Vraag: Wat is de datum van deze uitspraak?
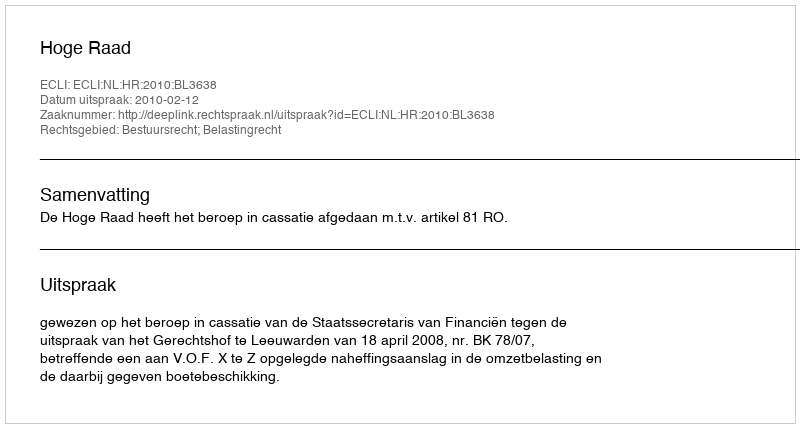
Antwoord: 2010-02-12